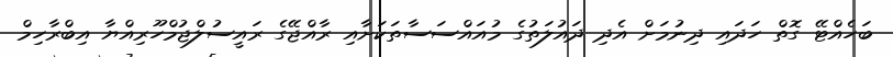
ބަހެއްޓޭ ގޮތް ހަދައި ދިނުމަށް އެދި ދައުލަތުގެ މުއައްސަސާތަކަށާއި ރާއްޖޭގެ ރައީސުލްޖުމްހޫރިއްޔާ އިބްރާހިމް